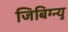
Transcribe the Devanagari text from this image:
जिबिग्न्यु